Leaving Certificate Examination (including Day School Certificate (Higher) General paper), 1936
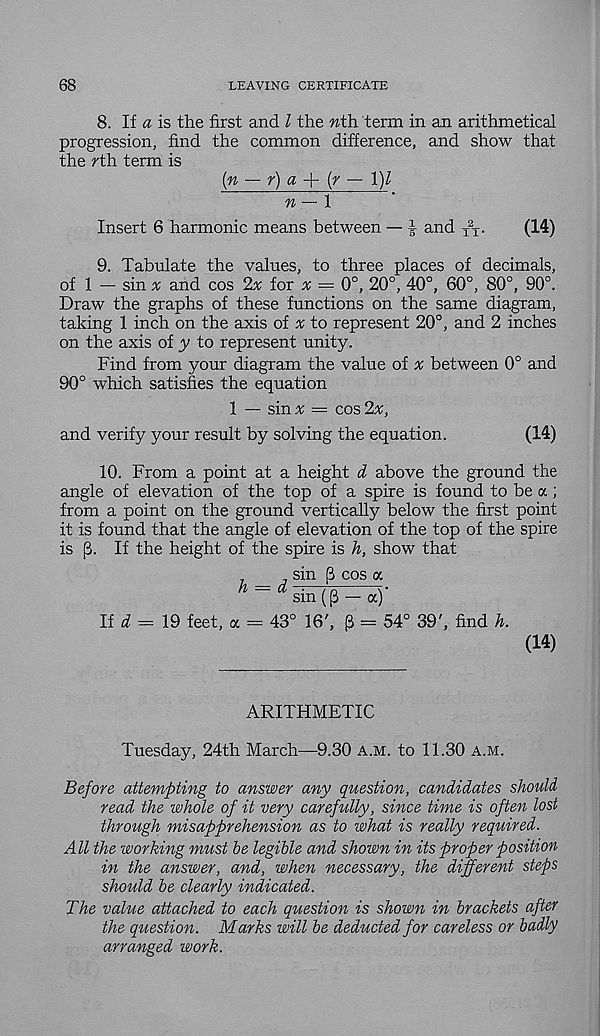
68
LEAVING CERTIFICATE
8. If a is the first and l the nth. term in an arithmetical
progression, find the common difference, and show that
the rth term is
(n — r) a -\- (r — 1)Z
n — 1
Insert 6 harmonic means between — 1 and X
2
X .
(14)
9. Tabulate the values, to three places of decimals,
of 1 — sin x and cos 2x for x = 0°, 20°, 40°, 60°, 80°, 90°.
Draw the graphs of these functions on the same diagram,
taking 1 inch on the axis of a; to represent 20°, and 2 inches
on the axis of y to represent unity.
Find from your diagram the value of x between 0° and
90° which satisfies the equation
1 — sin x = cos 2x,
and verify your result by solving the equation.
(14)
10. From a point at a height d above the ground the
angle of elevation of the top of a spire is found to be a;
from a point on the ground vertically below the first point
it is found that the angle of elevation of the top of the spire
is (i If the height of the spire is h, show that
sin [3 cos a
fl
ct • / r\
\ •
sm ((3 — a)
If i = 19 feet, a = 43° 16', [3 = 54° 39', find h.
(14)
ARITHMETIC
Tuesday, 24th March—9.30 a.m. to 11.30 a.m.
Before attempting to answer any question, candidates should
read the whole of it very carefully, since time is often lost
through misapprehension as to what is really required.
All the working must be legible and shown in its proper position
in the answer, and, when necessary, the different steps
should be clearly indicated.
The value attached to each question is shown in brackets after
the question. Marks will be deducted for careless or badly
arranged work.